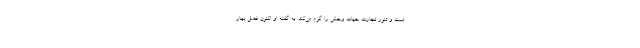
است و تنور تجارت حیات وحش را گرم می‌کند. به گفته او اکنون فصل بهار